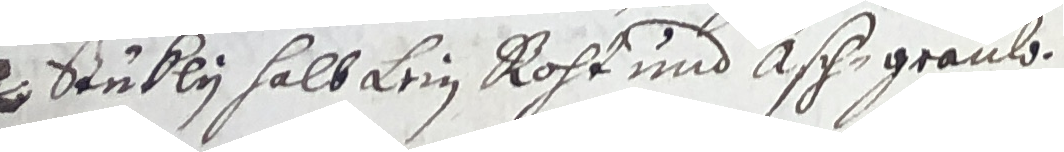
Stükli halb Lein roht und asch graub.